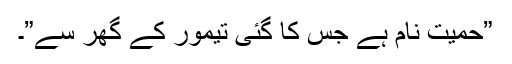
”حمیت نام ہے جِس کا گئی تیمور کے گھر سے”۔